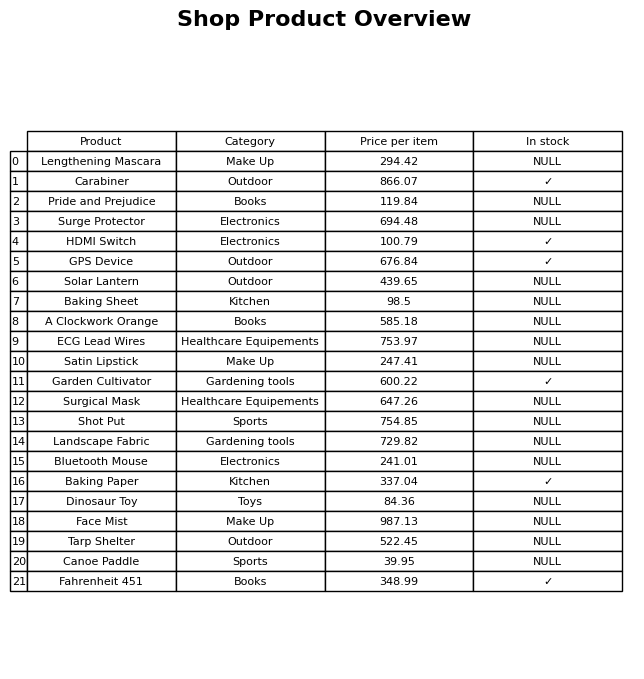
question: What is the price for Solar Lantern?
answer: The price of Solar Lantern is 439.65.